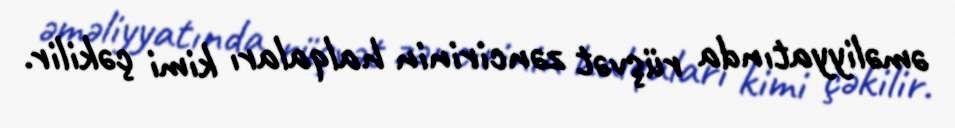
əməliyyatında rüşvət zəncirinin halqaları kimi çəkilir.